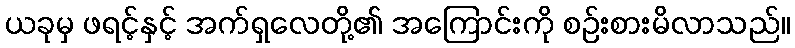
ယခုမှ ဖရင့်နှင့် အက်ရှလေတို့၏ အကြောင်းကို စဉ်းစားမိလာသည်။